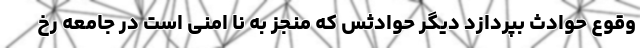
وقوع حوادث بپردازد دیگر حوادثس که منجز به نا امنی است در جامعه رخ